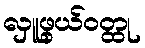
လှူဖွယ်ဝတ္ထု